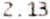
2.13